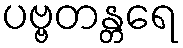
ပဗ္ဗတန္တရေ